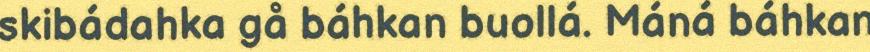
skibádahka gå báhkan buollá. Máná báhkan